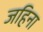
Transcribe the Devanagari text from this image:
जहिना